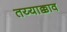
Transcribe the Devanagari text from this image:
तय्याक्काव